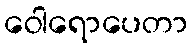
ဝေါရောပေတာ